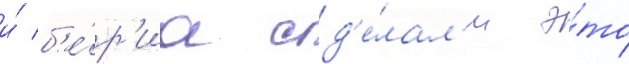
и́ б'е́р'иа сд'е́лал'и э́то